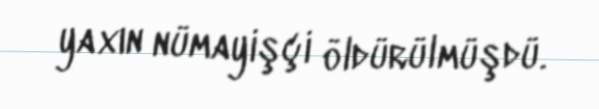
yaxın nümayişçi öldürülmüşdü.